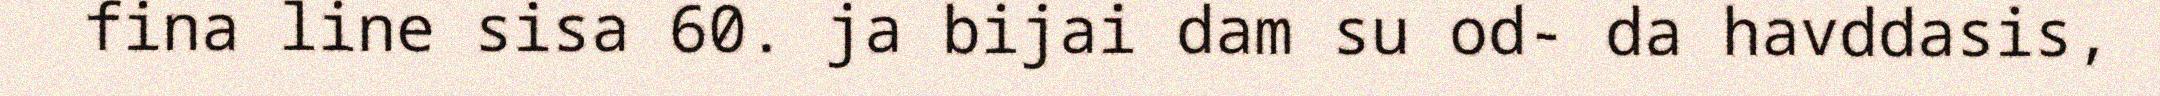
fina line sisa 60. ja bijai dam su od- da havddasis,